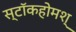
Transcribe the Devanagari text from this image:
स्टॉकहोमश्